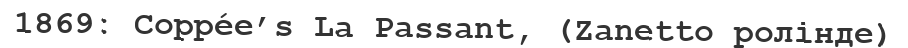
1869: Coppée’s La Passant, (Zanetto ролінде)